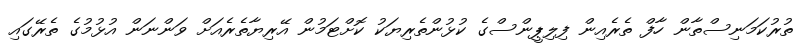
ތުރުކަމަނިސްތާން ހާފް ތެރެއިން ފިލިޕީންސްގެ ކުޅުންތެރިޔަކު ކޮށްޓަމުން އޭރިޔާތެރެއަށް ވަންނަން އުޅުމުގެ ތެރޭގައި